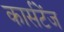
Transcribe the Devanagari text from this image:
कार्सटेंज